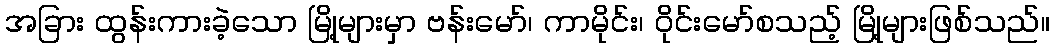
အခြား ထွန်းကားခဲ့သော မြို့များမှာ ဗန်းမော်၊ ကာမိုင်း၊ ဝိုင်းမော်စသည့် မြို့များဖြစ်သည်။